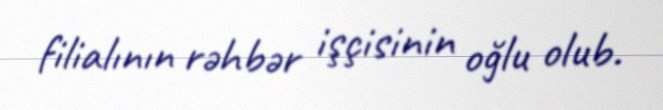
filialının rəhbər işçisinin oğlu olub.